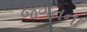
જગતના